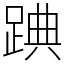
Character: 䠄